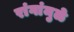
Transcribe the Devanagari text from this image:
रांगांमुळे